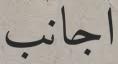
اجانب